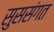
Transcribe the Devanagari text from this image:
सुससंगत